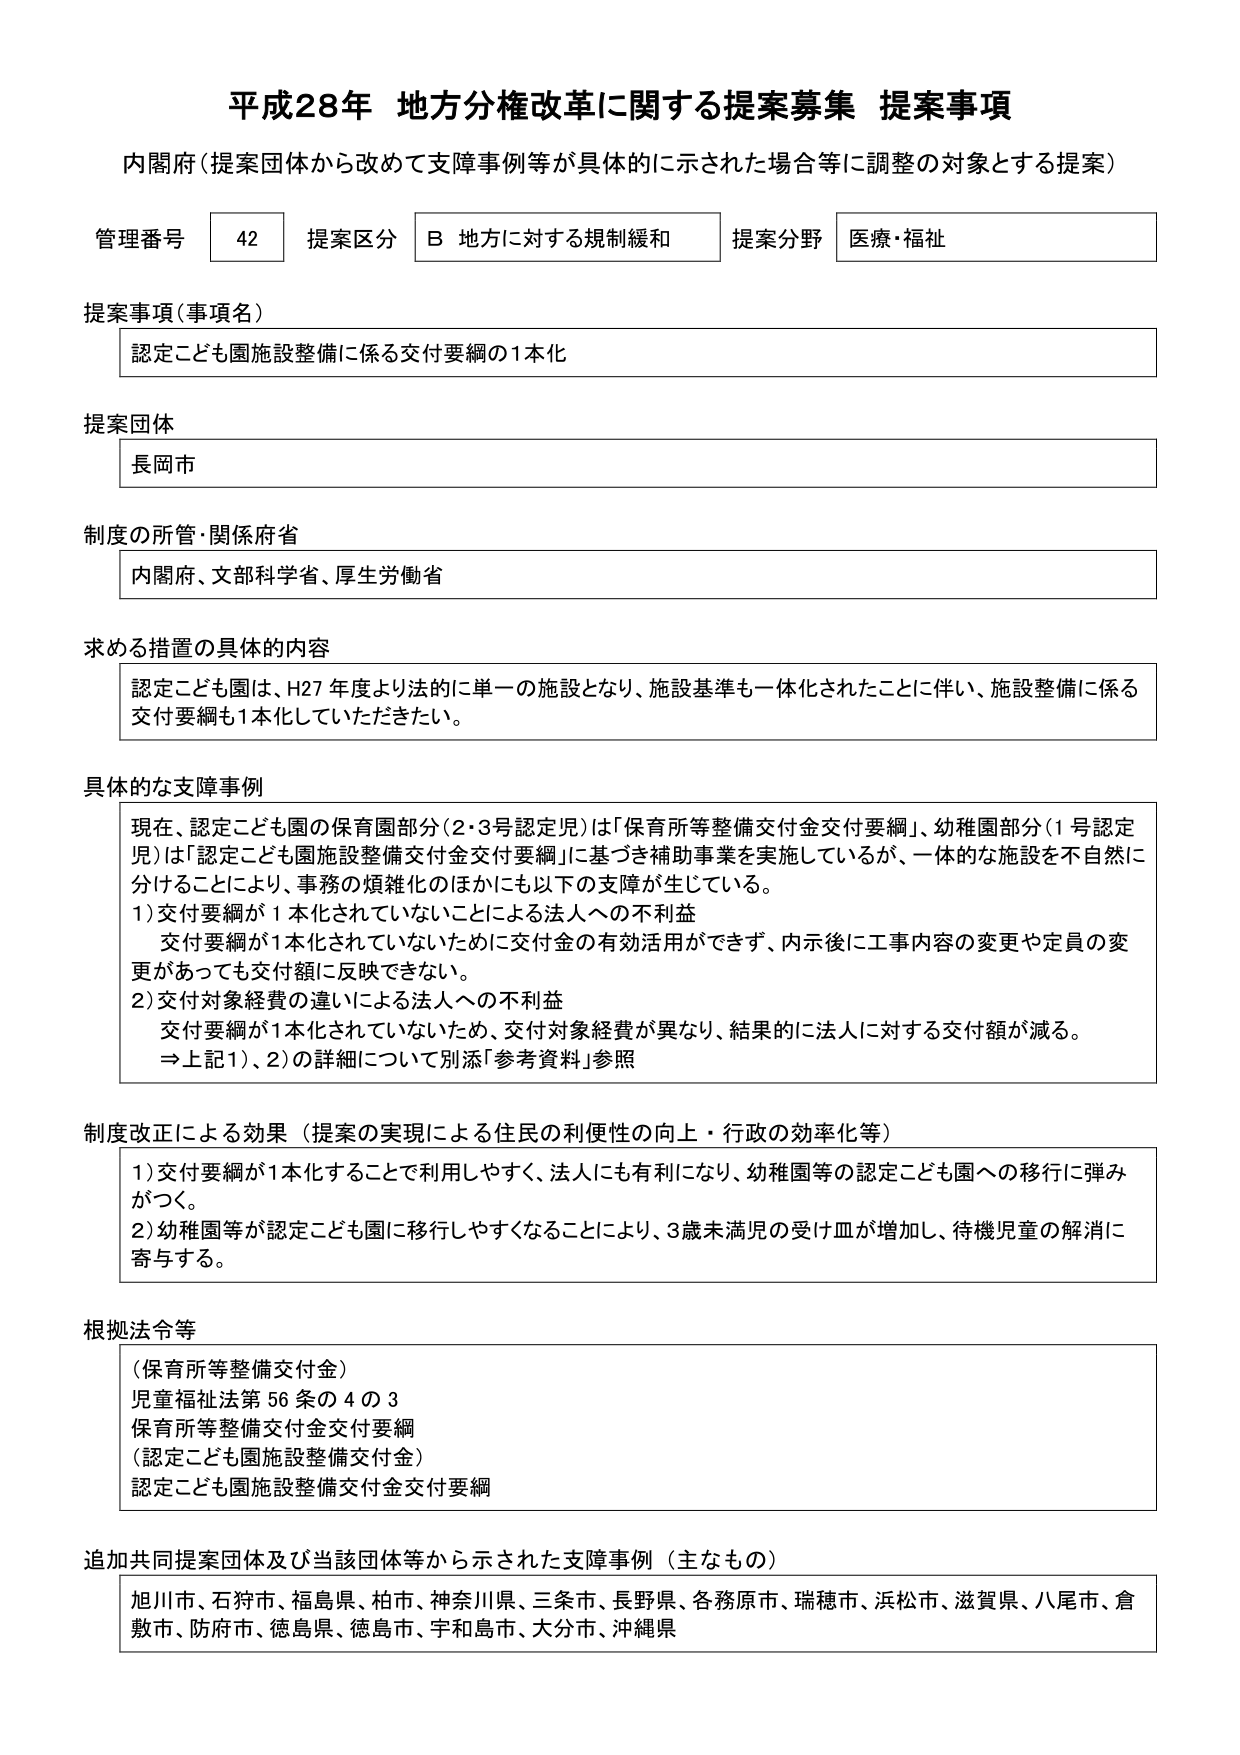
平成28年 地方分権改革に関する提案募集 提案事項
内閣府（提案団体から改めて支障事例等が具体的に示された場合等に調整の対象とする提案）

管理番号 42 提案区分 B 地方に対する規制緩和 提案分野 医療・福祉

提案事項（事項名）
認定こども園施設整備に係る交付要綱の1本化

提案団体
長岡市

制度の所管・関係府省
内閣府、文部科学省、厚生労働省

求める措置の具体的内容
認定こども園は、H27年度より法的に単一の施設となり、施設基準も一体化されたことに伴い、施設整備に係る交付要綱も1本化していただきたい。

具体的な支障事例
現在、認定こども園の保育園部分（2・3号認定児）は「保育所等整備交付金交付要綱」、幼稚園部分（1号認定児）は「認定こども園施設整備交付金交付要綱」に基づき補助事業を実施しているが、一体的な施設を不自然に分けることにより、事務の煩雑化のほかにも以下の支障が生じている。
1）交付要綱が1本化されていないことによる法人への不利益
　交付要綱が1本化されていないために交付金の有効活用ができず、内示後に工事内容の変更や定員の変更があっても交付額に反映できない。
2）交付対象経費の違いによる法人への不利益
　交付要綱が1本化されていないため、交付対象経費が異なり、結果的に法人に対する交付額が減る。
　⇒上記1）、2）の詳細について別添「参考資料」参照

制度改正による効果（提案の実現による住民の利便性の向上・行政の効率化等）
1）交付要綱が1本化することで利用しやすく、法人にも有利になり、幼稚園等の認定こども園への移行に弾みがつく。
2）幼稚園等が認定こども園に移行しやすくなることにより、3歳未満児の受け皿が増加し、待機児童の解消に寄与する。

根拠法令等
（保育所等整備交付金）
児童福祉法第56条の4の3
保育所等整備交付金交付要綱
（認定こども園施設整備交付金）
認定こども園施設整備交付金交付要綱

追加共同提案団体及び当該団体等から示された支障事例（主なもの）
旭川市、石狩市、福島県、柏市、神奈川県、三条市、長野県、各務原市、瑞穂市、浜松市、滋賀県、八尾市、倉敷市、防府市、徳島県、徳島市、宇和島市、大分市、沖縄県